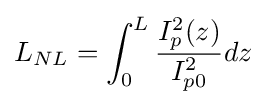
L_{NL}=\int _{0}^{L}{\frac {I_{p}^{2}(z)}{I_{p0}^{2}}}dz